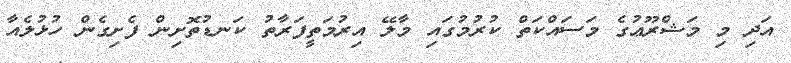
އަދި މި މަޝްރޫޢުގެ މަސައްކަތް ކުރުމުގައި މާލޭ އިރުމަތީފަރާތު ކަނޑުތޮށިން ފެށިގެން ހުޅުލެއާ